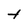
Character: t